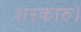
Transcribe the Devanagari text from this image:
शरकारु।